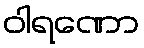
ဝါရဏော